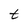
Character: t